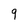
Character: 9